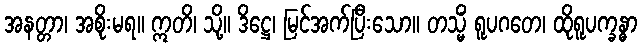
အနတ္တာ၊ အစိုးမရ။ ဣတိ၊ သို့။ ဒိဋ္ဌေ၊ မြင်အက်ပြီးသော။ တသ္မိံ ရူပဂတေ၊ ထိုရူပက္ခန္ဓာ